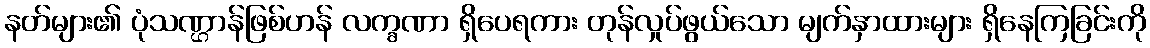
နတ်များ၏ ပုံသဏ္ဌာန်ဖြစ်ဟန် လက္ခဏာ ရှိပေရကား တုန်လှုပ်ဖွယ်သော မျက်နှာထားများ ရှိနေကြခြင်းကို